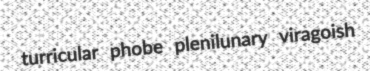
turricular phobe plenilunary viragoish